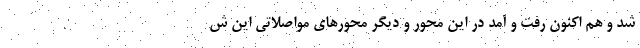
شد و هم اکنون رفت و آمد در این محور و دیگر محورهای مواصلاتی این ش